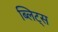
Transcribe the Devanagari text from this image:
ब्लिट्स